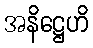
အနိဋ္ဌေဟိ